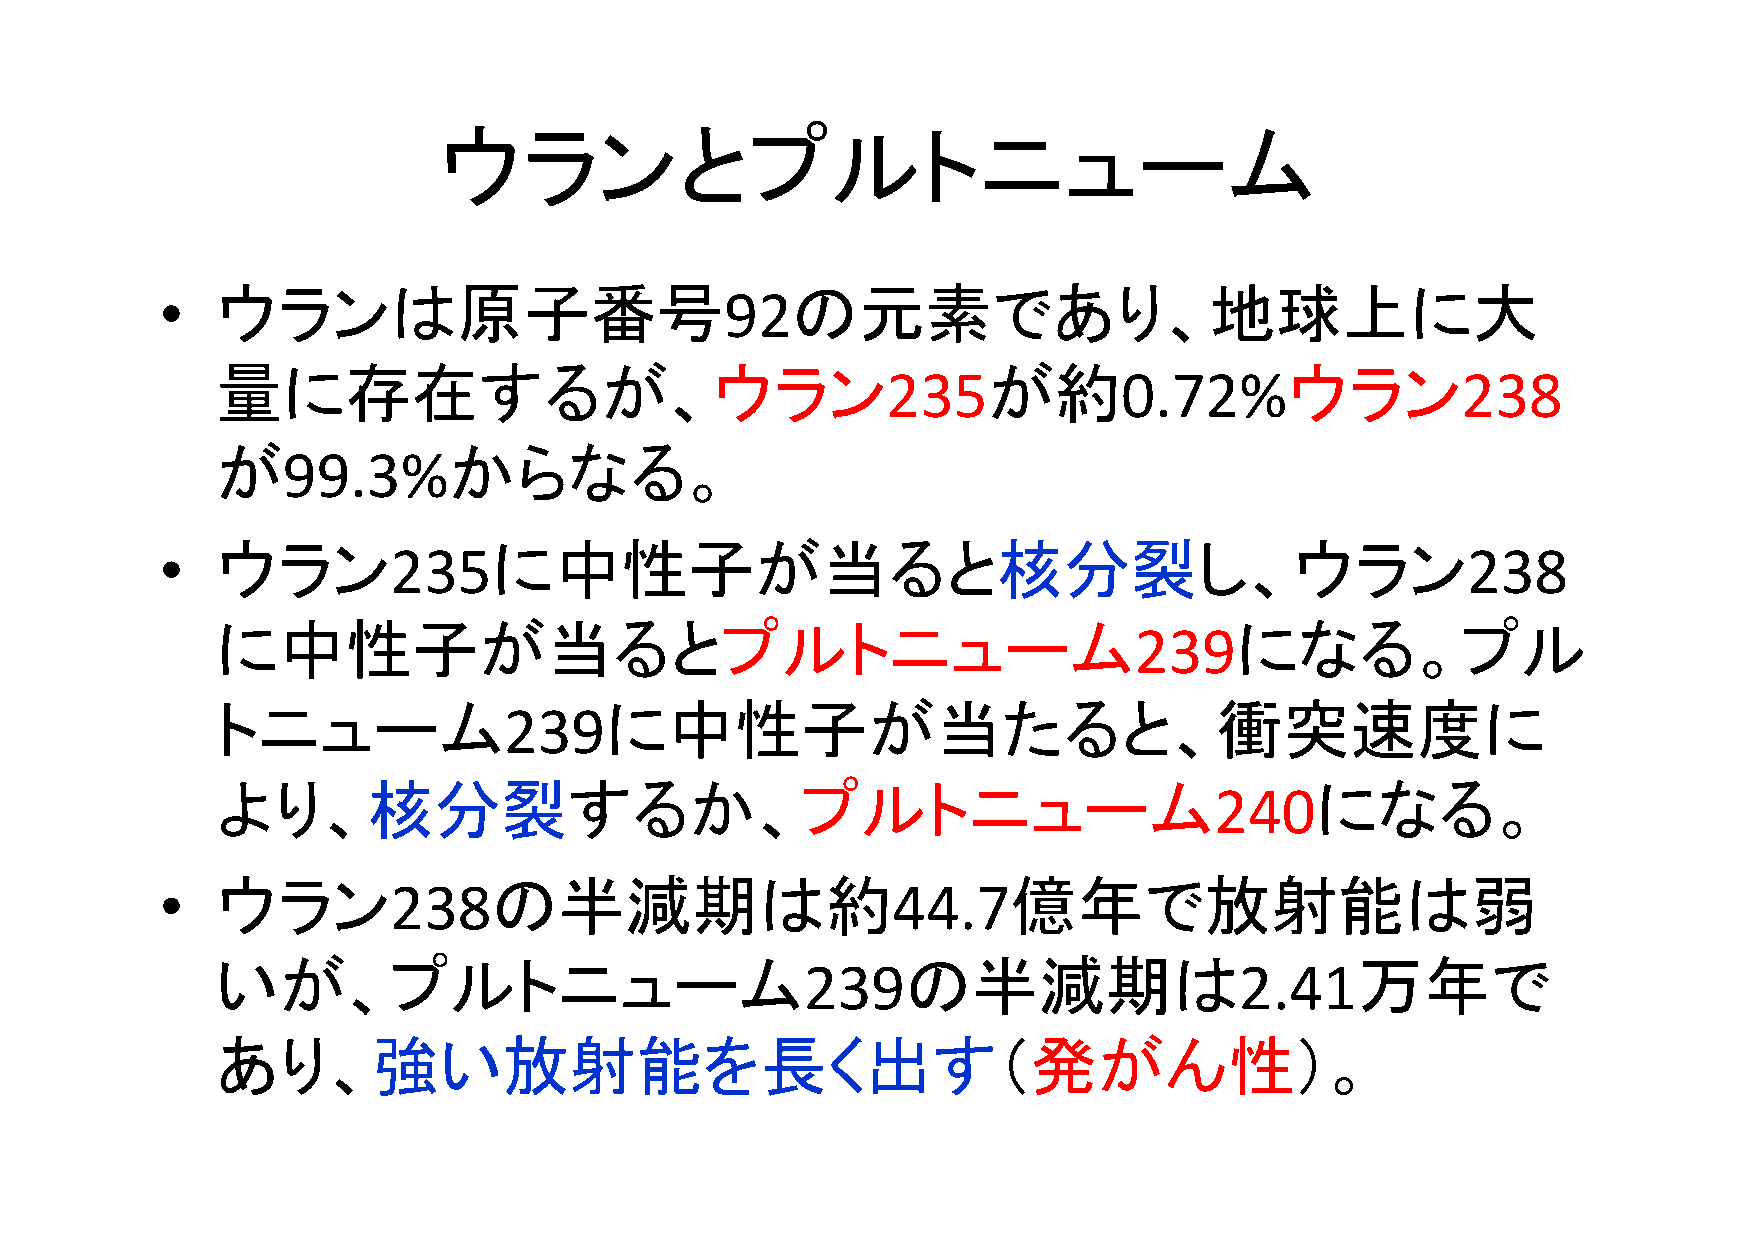
ウランとプルトニューム
 •  ウランは原子番号                          92の元素であり、地球上に大
 量に存在するが、ウラン                                        が約                  ウラン
 235            0.72%                  238
 が               からなる。
 99.3%
 •  ウラン         235に中性子が当ると核分裂し、ウラン                                                    238
 に中性子が当るとプルトニューム                                                     になる。プル
 239
 トニューム                     に中性子が当たると、衝突速度に
 239
 より、核分裂するか、プルトニューム                                                        になる。
 240
 •  ウラン         238の半減期は約                        44.7億年で放射能は弱
 いが、プルトニューム                                    の半減期は                         万年で
 239                          2.41
 あり、強い放射能を長く出す（発がん性）。